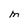
Character: M